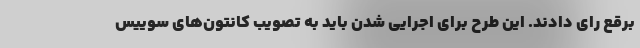
برقع رای دادند. این طرح برای اجرایی شدن باید به تصویب کانتون‌های سوییس